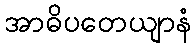
အာဓိပတေယျာနံ